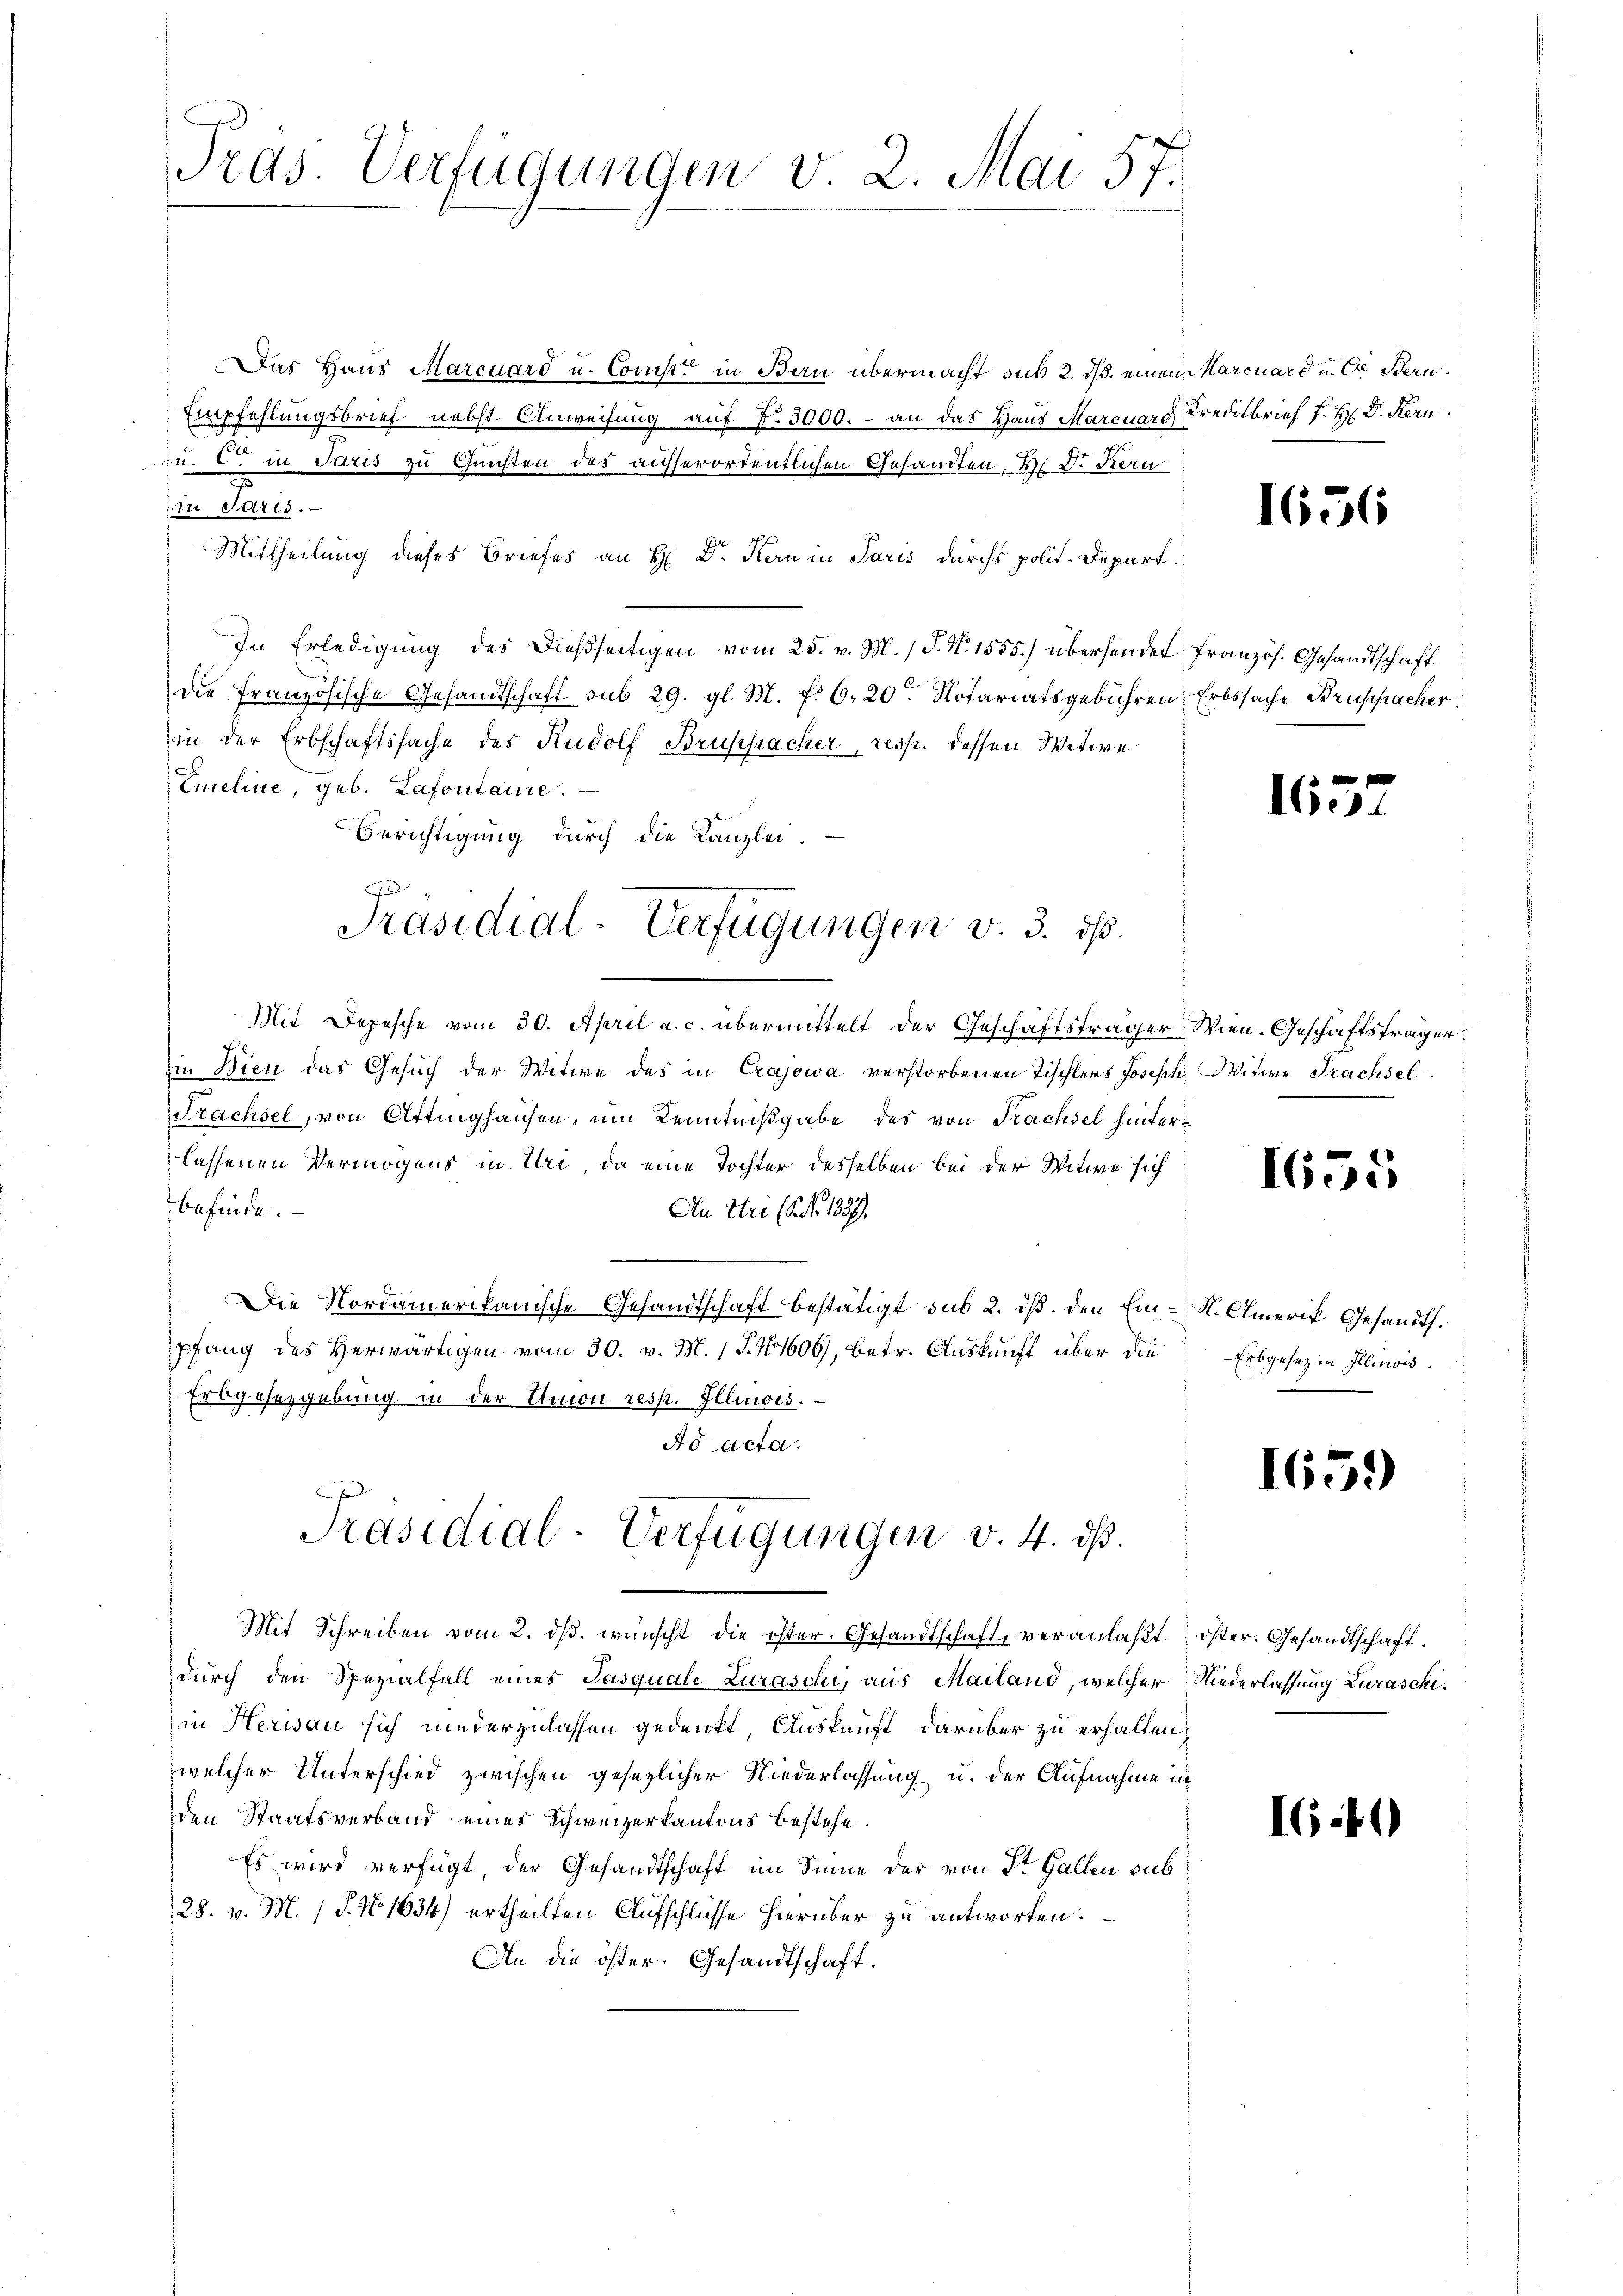
Das Haus Marcuard u. Const in Bau übermacht sub 2. ds. einen Marcuard u. der Bern.
Empfehlungsbrief nebst Anweisung auf 7. 3000. - an das Haus Marcuard Kreditbrief J. H. Dr. Kern
zu. c. in Paris zu Gunsten des ausserordentlichen Gesandten, V. D. Kern
in Paris.
Mittheilung dieses Briefes an H. Dr. Kern in Paris durchs polit. Depart.
In Erledigung des dießseitigen vom 25. v. M. (T. N. 1555.) überhander Französ. Gesandtschaft
die französische Gesandtschaft sub 29. gl. M. f. 6. 20. Notariatsgebühren Erbssache Bruppacher
in der Erbschaftssache des Rudolf Bruspacher, resp. dessen Witwe
Emeline, geb. Lafontaine.
Berichtigung durch die Kanzlei-
2
Präsidial-Verfügungen v. 3. ds.
Mit Depesche vom 30. April a. c. übermittelt der Geschäftsträger Wien. Geschäftsträger.
in Bien das Gesuch der Witwe des in Crajowa verstorbenen Tischlers Joseph Witwe Trachsel
Trachsel, von Attinghausen, um Kenntnißgabe des von Trachsel hinterlassenen Vermögens in Uri, da eine Tochter desselben bei der Witwe sich
befinde.
An Ire (Art. 1837.
Die Nordamerikanische Gesandtschaft bestätigt sub 2. ist. Den Ein-St. Amerik. Gesandt.
pfang des Herwärtigen vom 30. v. M. 1 S. N 1606, betr. Auskunft über die
Erbgesezgebung in der Union resp. Illinois.
Ad acta.

Tras Verfügungen v. 2. Mai 57.

Präsidial-Verfügungen v. 4. dß.
Mit Schreiben vom 2. dβ. wünscht die öster. Gesandtschaft, veranlaßt öster. Gesandtschaft.

durch den Spezialfall eines Jasquale Zuraschi, aus Mailand, welcher Niederlassung Luraschiin Herisau sich niederzulassen gedenkt, Auskunft darüber zu erhalten,
welcher Unterschied zwischen gesezlicher Niederlassung u. der Aufnahme in
den Staatsverband eines Schweizerkantons bestehe.
Es wird verfügt der Gesandtschaft im Sinne der von St. Gallen sub
28. v. M. (T. No. 1834) ertheilten Aufschlüsse hierüber zu antworten.
An die öster. Gesandtschaft.

1656

165

1655

Erbgesez in Illinois.

1659

16.

d